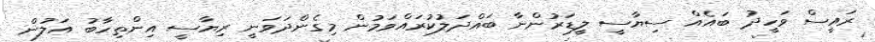
ރައީސް ވަހީދު ބައެއް ސިޔާސީ ލީޑަރުންނާ ބައްދަލުކުރައްވަމުން މިގެންދަވަނީ ރިޔާސީ އިންތިހާބު އަލުން